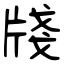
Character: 牋